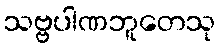
သဗ္ဗပါဏဘူတေသု